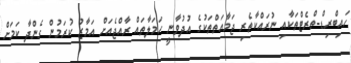
ހައިބްރިޑް-ތްރެޓްތަކާއި ނުރައްކާތެރި ޖަމާއަތްތަކުގެ އުދުވާނީ ހަމަލާތައް ރާއްޖެއަށް އަމާޒު ކުރަމުން ގެންދާ ކަމަށް